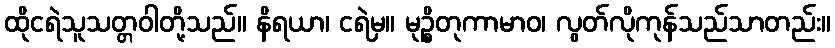
ထိုငရဲသူသတ္တဝါတို့သည်။ နိရယာ၊ ငရဲမှ။ မုဉ္စိတုကာမာဝ၊ လွတ်လိုကုန်သည်သာတည်း။